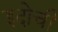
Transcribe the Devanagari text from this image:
इदोची